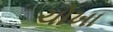
ચોખા